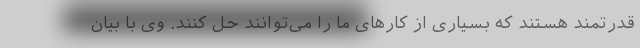
قدرتمند هستند که بسیاری از کارهای ما را می‌توانند حل کنند. وی با بیان